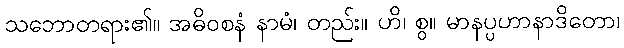
သဘောတရား၏။ အဓိဝစနံ နာမံ၊ တည်း။ ဟိ၊ စွ။ မာနပ္ပဟာနာဒိတော၊